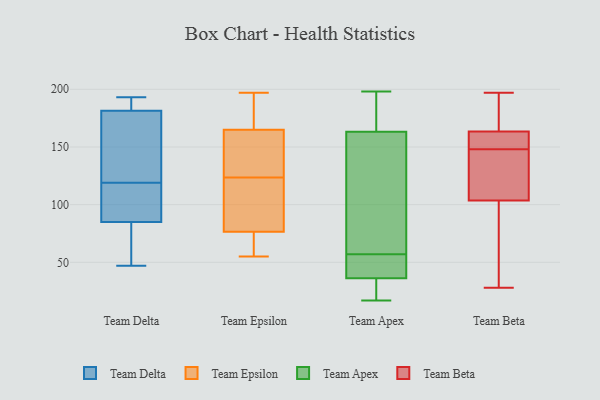
{"axis": {"x": "Churn Rate (%)", "y": "Value"}, "legend": ["Team Apex", "Team Beta", "Team Delta", "Team Epsilon"], "data": [{"x": "", "y": 192, "type": "Team Delta"}, {"x": "", "y": 117, "type": "Team Delta"}, {"x": "", "y": 94, "type": "Team Delta"}, {"x": "", "y": 189, "type": "Team Delta"}, {"x": "", "y": 73, "type": "Team Delta"}, {"x": "", "y": 174, "type": "Team Delta"}, {"x": "", "y": 82, "type": "Team Delta"}, {"x": "", "y": 143, "type": "Team Delta"}, {"x": "", "y": 147, "type": "Team Delta"}, {"x": "", "y": 69, "type": "Team Delta"}, {"x": "", "y": 121, "type": "Team Delta"}, {"x": "", "y": 190, "type": "Team Delta"}, {"x": "", "y": 115, "type": "Team Delta"}, {"x": "", "y": 88, "type": "Team Delta"}, {"x": "", "y": 47, "type": "Team Delta"}, {"x": "", "y": 193, "type": "Team Delta"}, {"x": "", "y": 64, "type": "Team Epsilon"}, {"x": "", "y": 197, "type": "Team Epsilon"}, {"x": "", "y": 151, "type": "Team Epsilon"}, {"x": "", "y": 83, "type": "Team Epsilon"}, {"x": "", "y": 61, "type": "Team Epsilon"}, {"x": "", "y": 75, "type": "Team Epsilon"}, {"x": "", "y": 69, "type": "Team Epsilon"}, {"x": "", "y": 191, "type": "Team Epsilon"}, {"x": "", "y": 91, "type": "Team Epsilon"}, {"x": "", "y": 183, "type": "Team Epsilon"}, {"x": "", "y": 78, "type": "Team Epsilon"}, {"x": "", "y": 106, "type": "Team Epsilon"}, {"x": "", "y": 146, "type": "Team Epsilon"}, {"x": "", "y": 55, "type": "Team Epsilon"}, {"x": "", "y": 146, "type": "Team Epsilon"}, {"x": "", "y": 186, "type": "Team Epsilon"}, {"x": "", "y": 130, "type": "Team Epsilon"}, {"x": "", "y": 179, "type": "Team Epsilon"}, {"x": "", "y": 149, "type": "Team Epsilon"}, {"x": "", "y": 117, "type": "Team Epsilon"}, {"x": "", "y": 32, "type": "Team Apex"}, {"x": "", "y": 57, "type": "Team Apex"}, {"x": "", "y": 17, "type": "Team Apex"}, {"x": "", "y": 198, "type": "Team Apex"}, {"x": "", "y": 49, "type": "Team Apex"}, {"x": "", "y": 174, "type": "Team Apex"}, {"x": "", "y": 173, "type": "Team Apex"}, {"x": "", "y": 50, "type": "Team Apex"}, {"x": "", "y": 108, "type": "Team Apex"}, {"x": "", "y": 134, "type": "Team Apex"}, {"x": "", "y": 24, "type": "Team Apex"}, {"x": "", "y": 151, "type": "Team Beta"}, {"x": "", "y": 148, "type": "Team Beta"}, {"x": "", "y": 107, "type": "Team Beta"}, {"x": "", "y": 28, "type": "Team Beta"}, {"x": "", "y": 162, "type": "Team Beta"}, {"x": "", "y": 179, "type": "Team Beta"}, {"x": "", "y": 197, "type": "Team Beta"}, {"x": "", "y": 103, "type": "Team Beta"}, {"x": "", "y": 29, "type": "Team Beta"}, {"x": "", "y": 105, "type": "Team Beta"}, {"x": "", "y": 164, "type": "Team Beta"}]}